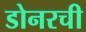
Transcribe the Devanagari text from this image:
डोनरची